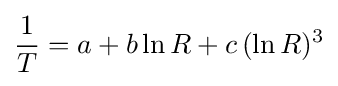
{\frac {1}{T}}=a+b\ln R+c\,(\ln R)^{3}